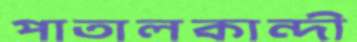
পাতালকান্দী